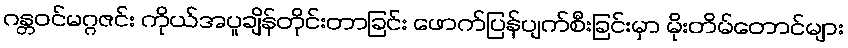
ဂန္တဝင်မဂ္ဂဇင်း ကိုယ်အပူချိန်တိုင်းတာခြင်း ဖောက်ပြန်ပျက်စီးခြင်းမှာ မိုးတိမ်တောင်များ